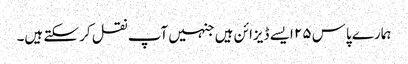
ہمارے پاس ۲۵ ایسے ڈیزائن ہیں جنہیں آپ نقل کر سکتے ہیں۔